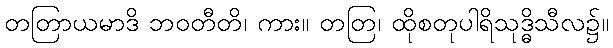
တတြာယမာဒိ ဘဝတီတိ၊ ကား။ တတြ၊ ထိုစတုပါရိသုဒ္ဓိသီလ၌။